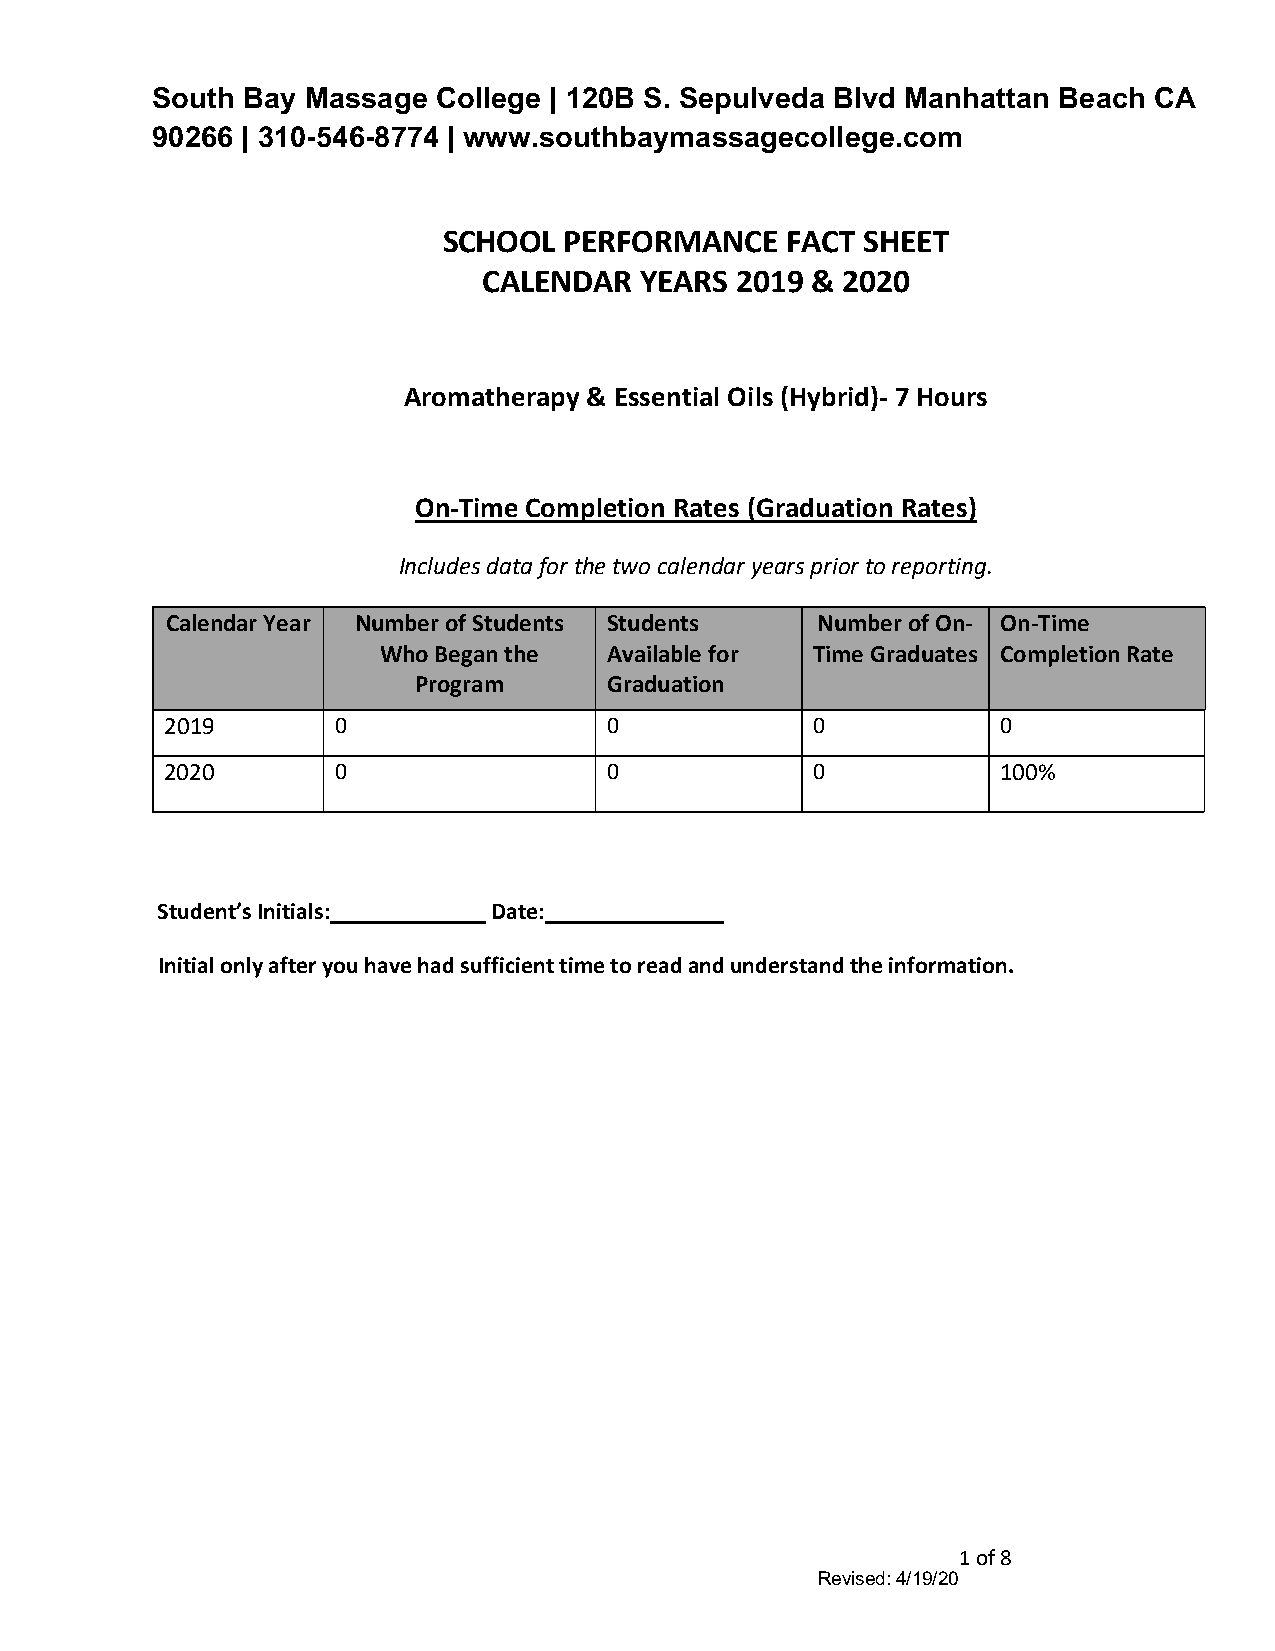
South Bay Massage  College | 120B S. Sepulveda Blvd Manhattan Beach CA
 90266 | 310-546-8774 | www.southbaymassagecollege.com
 SCHOOL  PERFORMANCE    FACT SHEET
 CALENDAR  YEARS  2019 & 2020
 Aromatherapy & Essential Oils (Hybrid)- 7 Hours
 On-Time Completion Rates (Graduation Rates)
 Includes data for the two calendar years prior to reporting.
 Calendar Year Number of Students Students  Number of On- On-Time
 Who Began the  Available for Time Graduates Completion Rate
 Program      Graduation
 2019       0                 0             0           0
 2020       0                 0             0           100%
 Student’s Initials:_____________ Date:_______________
 Initial only after you have had sufficient time to read and understand the information.
 1 of 8
 Revised: 4/19/20